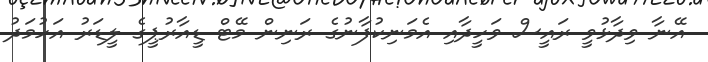
އޭނާ ވިދާޅުވީ ރައީސް ވަހީދާއި އެމަނިކުފާނުގެ ރަނިން މޭޓް ޑީއާރުޕީގެ ލީޑަރު އަހުމަދު